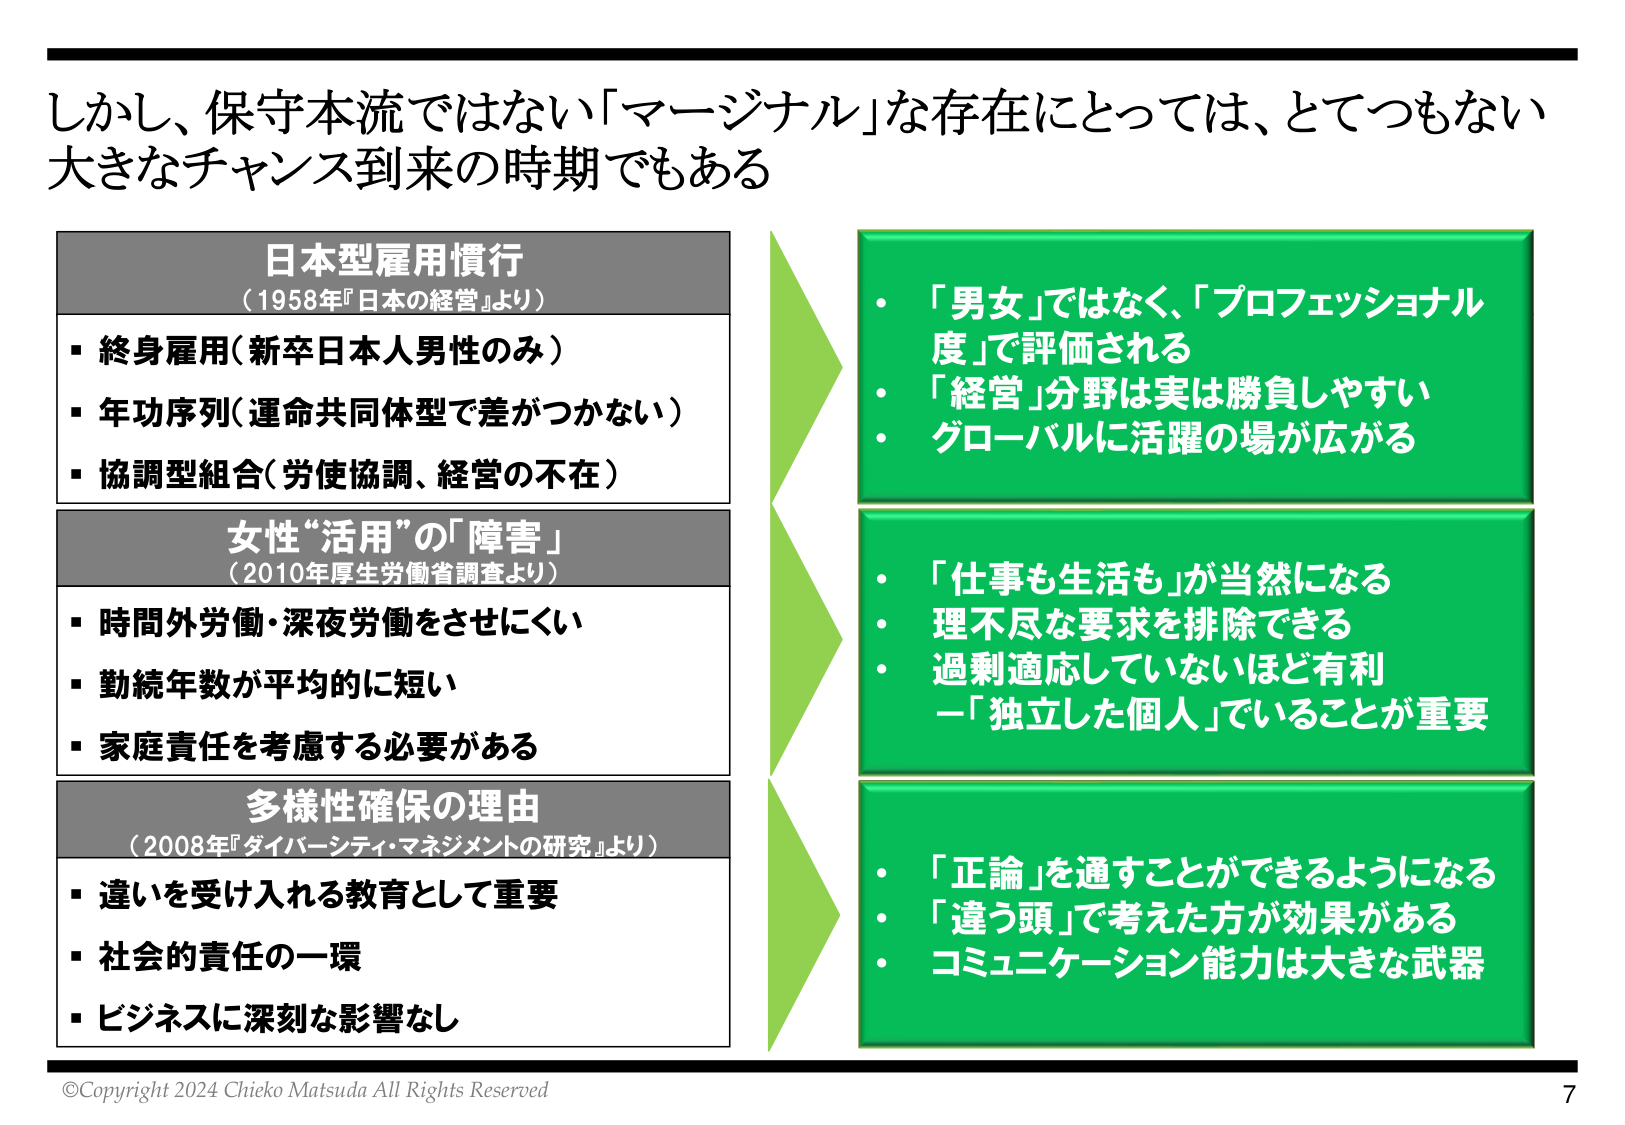
しかし、保守本流ではない「マージナル」な存在にとっては、とてつもない大きなチャンス到来の時期でもある

日本型雇用慣行
（1958年『日本の経営』より）
・終身雇用（新卒日本人男性のみ）
・年功序列（運命共同体型で差がつかない）
・協調型組合（労使協調、経営の不在）

女性“活用”の「障害」
（2010年厚生労働省調査より）
・時間外労働・深夜労働をさせにくい
・勤続年数が平均的に短い
・家庭責任を考慮する必要がある

多様性確保の理由
（2008年『ダイバーシティ・マネジメントの研究』より）
・違いを受け入れる教育として重要
・社会的責任の一環
・ビジネスに深刻な影響なし

・「男女」ではなく、「プロフェッショナル度」で評価される
・「経営」分野は実は勝負しやすい
・グローバルに活躍の場が広がる

・「仕事も生活も」が当然になる
・理不尽な要求を排除できる
・過剰適応していないほど有利
－「独立した個人」でいることが重要

・「正論」を通すことができるようになる
・「違う頭」で考えた方が効果がある
・コミュニケーション能力は大きな武器

©Copyright 2024 Chieko Matsuda All Rights Reserved
7